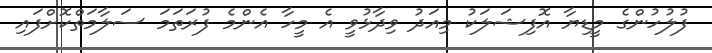
ފުލުހުންގެ މީޑިޔާ އޮފިޝަލަކު މިއަދު ވިދާޅުވީ އެ މީހާ އެންމެ ފުރަތަމަ ސަލާމަތްކޮށްފައި